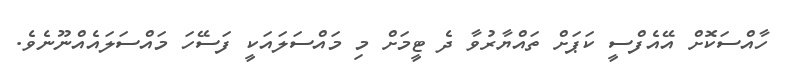
ހާއްސަކޮށް އޭއެފްސީ ކަޕަށް ތައްޔާރުވާ ދެ ޓީމަށް މި މައްސަލައަކީ ފަސޭހަ މައްސަލައެއްނޫނެވެ.